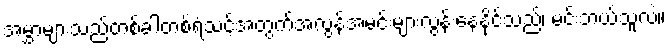
အမွှာများသည်တစ်ခါတစ်ရံသင့်အတွက်အလွန်အမင်းများလွန်းနေနိုင်သည်၊ မင်းဘယ်သူလဲ။